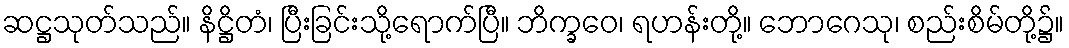
ဆဋ္ဌသုတ်သည်။ နိဋ္ဌိတံ၊ ပြီးခြင်းသို့ရောက်ပြီ။ ဘိက္ခဝေ၊ ရဟန်းတို့။ ဘောဂေသု၊ စည်းစိမ်တို့၌။